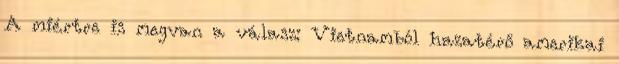
A miértre is megvan a válasz: Vietnamból hazatérő amerikai